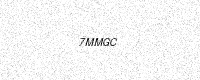
Text: 7MMGC